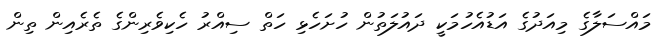
މައްސަލާގެ މިއަދުގެ އަޑުއެހުމަކީ ދައުލަތުން ހުށަހެޅި ހަތް ސިއްރު ހެކިވެރިންގެ ތެރެއިން ތިން